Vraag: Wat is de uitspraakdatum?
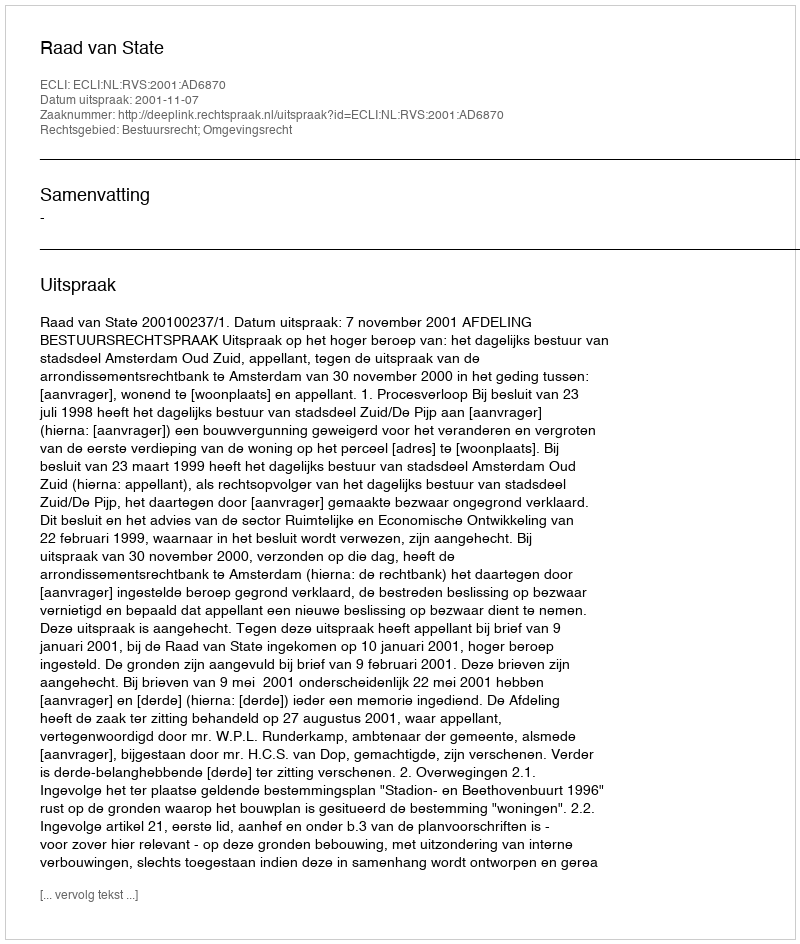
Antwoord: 2001-11-07